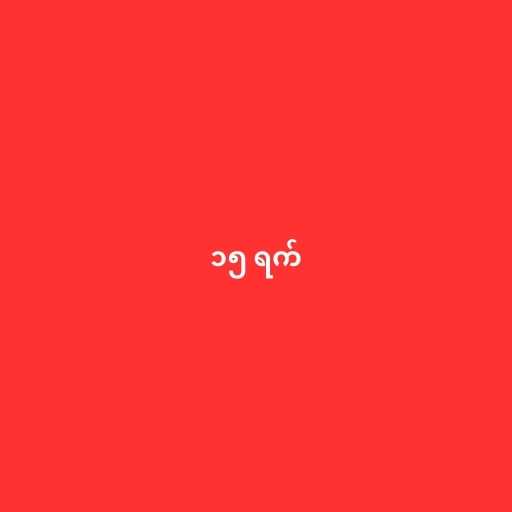
၁၅ ရက်